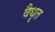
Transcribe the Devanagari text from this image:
वैधृत